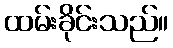
ထမ်းခိုင်းသည်။